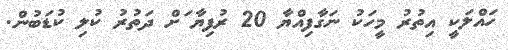
ހައްލަކީ އިތުރު މީހަކު ނަގާފިއްޔާ 20 ރުފިޔާ ަށް ދަތުރު ކުލި ކުޑަބުން.